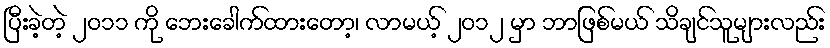
ပြီးခဲ့တဲ့ ၂ဝ၁၁ ကို ဘေးခေါက်ထားတော့၊ လာမယ့် ၂ဝ၁၂ မှာ ဘာဖြစ်မယ် သိချင်သူများလည်း